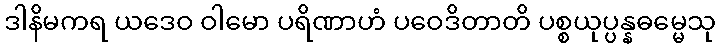
ဒါနိမကရ ယဒေဝ ဝါမော ပရိဏာဟံ ပဝေဒိတာတိ ပစ္စယုပ္ပန္နဓမ္မေသု